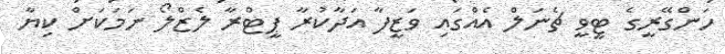
ހަންގޭރީގެ ޓީވީ ޗެނަލް އެއްގައި ވަޒީފާ އަދާކުރާ ޕީޓްރާ ލެޒްލޯ ނަމަކަށް ކިޔާ